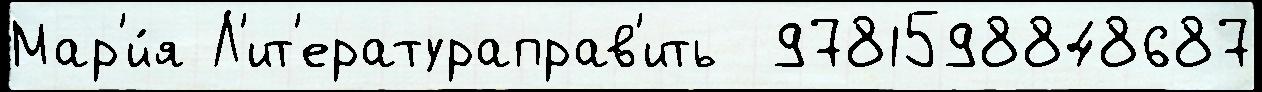
Мар'и́я Л'ит'ератураправ'ить  9781598848687